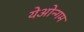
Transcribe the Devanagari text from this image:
येओन्गम